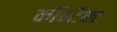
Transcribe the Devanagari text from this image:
कॉन्टॅक्ट